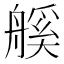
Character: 𦩶